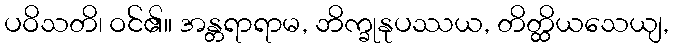
ပဝိသတိ၊ ဝင်၏။ အန္တရာရာမ, ဘိက္ခုနုပဿယ, တိတ္ထိယသေယျ,